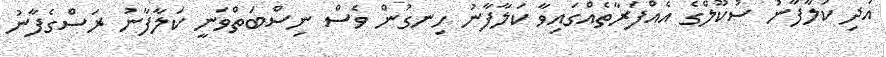
އަދި ކަލާފާނު ސުކޫލްގެ އެއްފަރާތެއްގައިވާ ކަލާފާނު ހިނގުން ވެސް ނިސްބަތްވަނީ ކަލާފާނު ރަސްގެފާނު